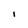
Character: I